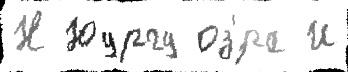
Н Юургу оз'́ра И